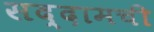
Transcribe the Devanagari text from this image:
सद्दामची